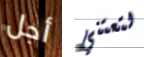
أجل لتعتني